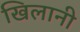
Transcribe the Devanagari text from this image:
खिलानी